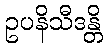
ဥပနိသီဒန္တိ